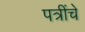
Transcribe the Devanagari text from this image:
पत्रींचे